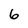
Character: 6